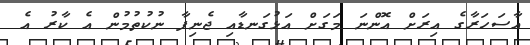
އާސަހަރާގެ އިރަށް އޮންނަ މަގަށް އަޅުގަނޑާއި ޖެނިފާ ނުކުތުމުން އެ ކާރު އެ